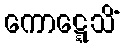
ကောဋ္ဋေသိံ